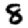
Digit: 8